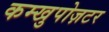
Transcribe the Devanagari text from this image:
कम्खुपोज़टर